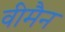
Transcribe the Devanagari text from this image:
वीमैन